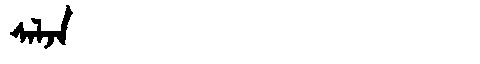
Manchu: ᠰᠠᠯᠵᠠ
Romanization: SALJA